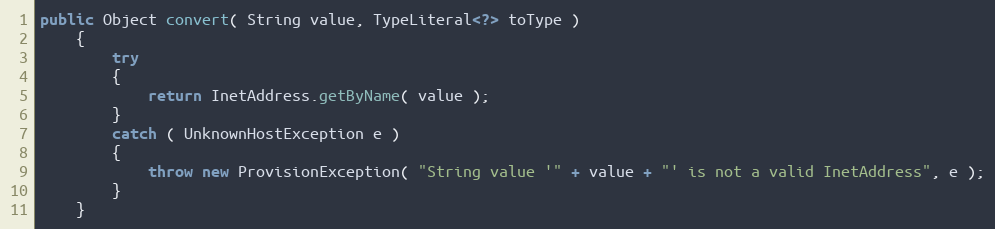
Language: Java
public Object convert( String value, TypeLiteral<?> toType )
    {
        try
        {
            return InetAddress.getByName( value );
        }
        catch ( UnknownHostException e )
        {
            throw new ProvisionException( "String value '" + value + "' is not a valid InetAddress", e );
        }
    }